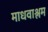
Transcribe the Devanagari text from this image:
माधवाश्लम